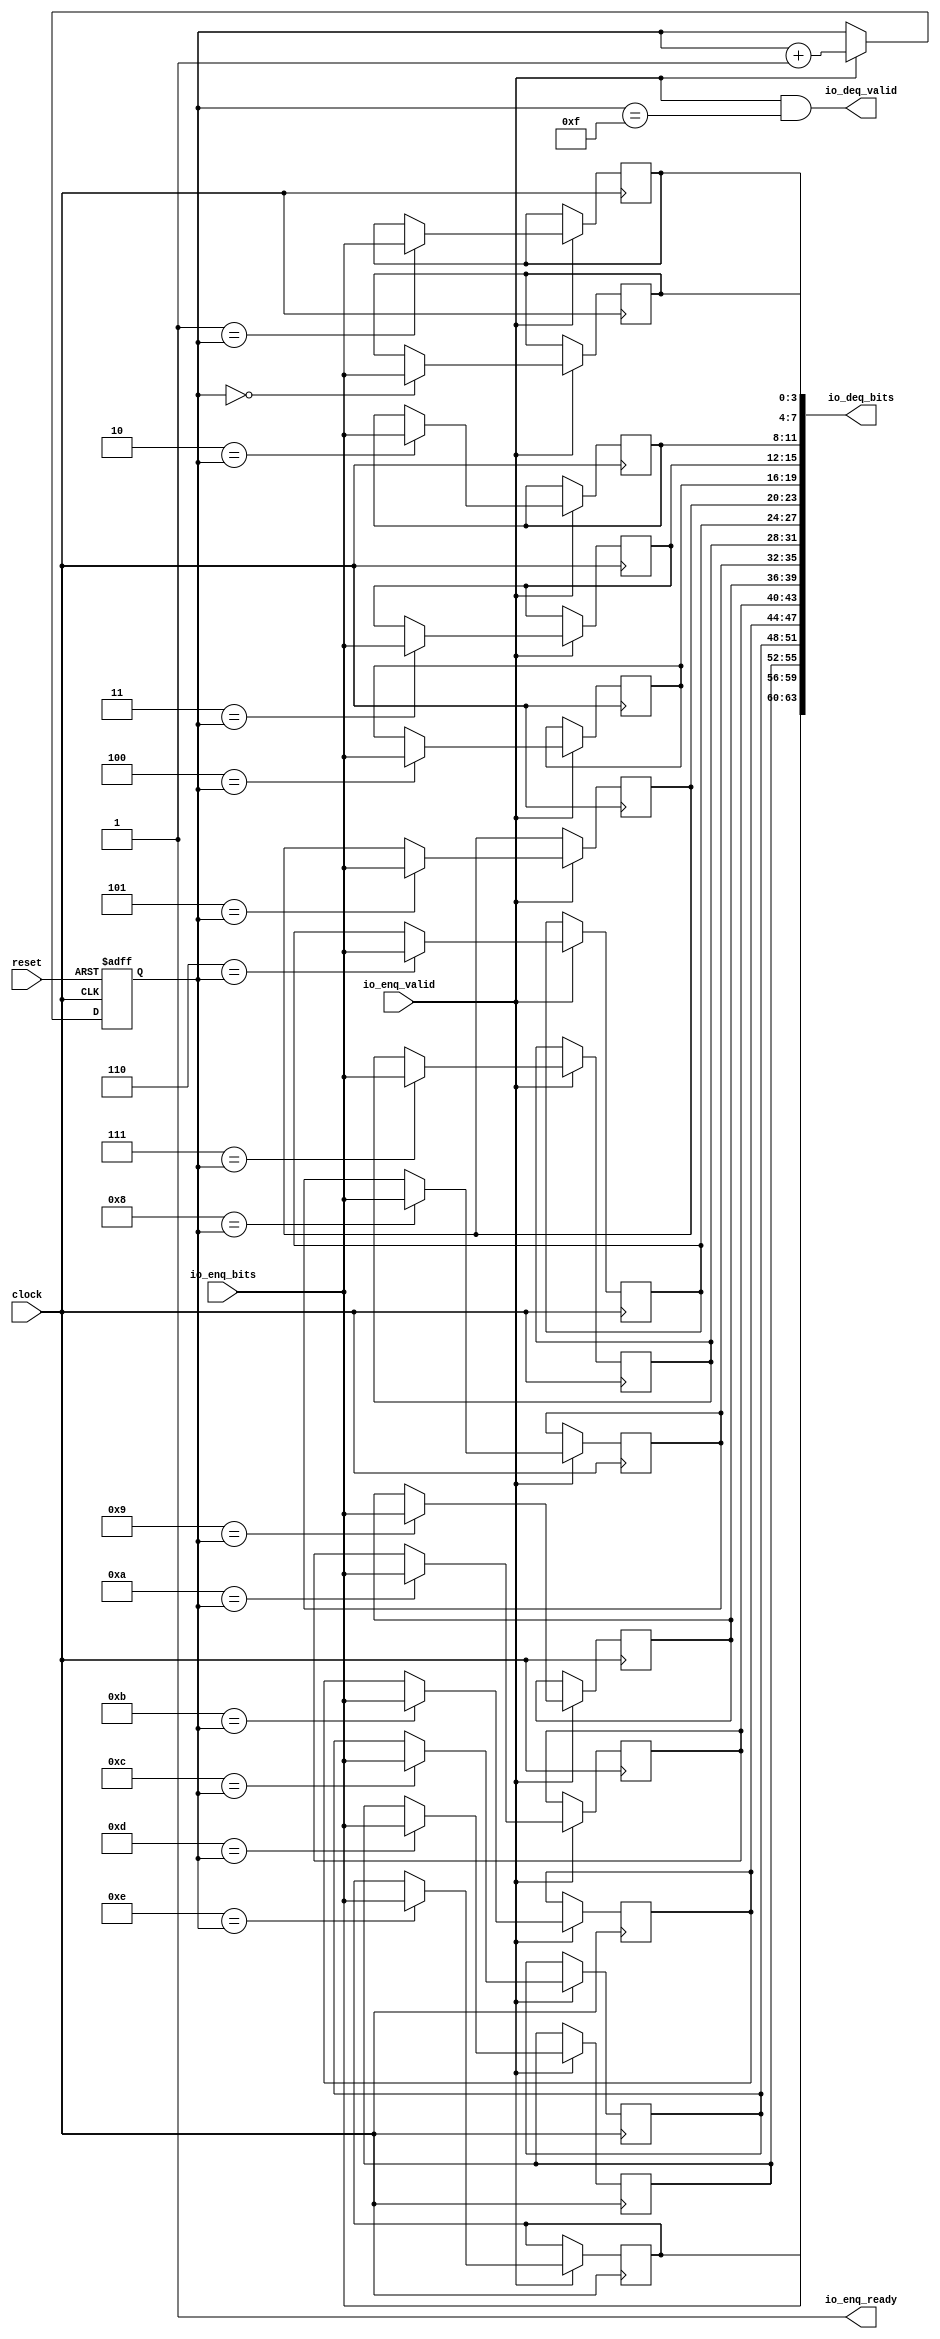
module Funnel(
  input         clock,
  input         reset,
  output        io_enq_ready,
  input         io_enq_valid,
  input  [3:0]  io_enq_bits,
  output        io_deq_valid,
  output [63:0] io_deq_bits
);
  reg [3:0] mem_0; // @[Funnel.scala 24:18]
  reg [3:0] mem_1; // @[Funnel.scala 24:18]
  reg [3:0] mem_2; // @[Funnel.scala 24:18]
  reg [3:0] mem_3; // @[Funnel.scala 24:18]
  reg [3:0] mem_4; // @[Funnel.scala 24:18]
  reg [3:0] mem_5; // @[Funnel.scala 24:18]
  reg [3:0] mem_6; // @[Funnel.scala 24:18]
  reg [3:0] mem_7; // @[Funnel.scala 24:18]
  reg [3:0] mem_8; // @[Funnel.scala 24:18]
  reg [3:0] mem_9; // @[Funnel.scala 24:18]
  reg [3:0] mem_10; // @[Funnel.scala 24:18]
  reg [3:0] mem_11; // @[Funnel.scala 24:18]
  reg [3:0] mem_12; // @[Funnel.scala 24:18]
  reg [3:0] mem_13; // @[Funnel.scala 24:18]
  reg [3:0] mem_14; // @[Funnel.scala 24:18]
  wire  _T = io_enq_ready & io_enq_valid; // @[Decoupled.scala 51:35]
  reg [3:0] ptr; // @[Counter.scala 61:40]
  wire  wrap_wrap = ptr == 4'hf; // @[Counter.scala 73:24]
  wire [3:0] _wrap_value_T_1 = ptr + 4'h1; // @[Counter.scala 77:24]
  wire [27:0] io_deq_bits_lo = {mem_6,mem_5,mem_4,mem_3,mem_2,mem_1,mem_0}; // @[Funnel.scala 30:47]
  wire [59:0] _io_deq_bits_T = {mem_14,mem_13,mem_12,mem_11,mem_10,mem_9,mem_8,mem_7,io_deq_bits_lo}; // @[Funnel.scala 30:47]
  assign io_enq_ready = 1'h1; // @[Funnel.scala 28:40]
  assign io_deq_valid = _T & wrap_wrap; // @[Counter.scala 136:24 137:12 132:24]
  assign io_deq_bits = {io_enq_bits,_io_deq_bits_T}; // @[Funnel.scala 30:40]
  always @(posedge clock) begin
    if (_T) begin // @[Funnel.scala 26:23]
      if (4'h0 == ptr) begin // @[Funnel.scala 26:34]
        mem_0 <= io_enq_bits; // @[Funnel.scala 26:34]
      end
    end
    if (_T) begin // @[Funnel.scala 26:23]
      if (4'h1 == ptr) begin // @[Funnel.scala 26:34]
        mem_1 <= io_enq_bits; // @[Funnel.scala 26:34]
      end
    end
    if (_T) begin // @[Funnel.scala 26:23]
      if (4'h2 == ptr) begin // @[Funnel.scala 26:34]
        mem_2 <= io_enq_bits; // @[Funnel.scala 26:34]
      end
    end
    if (_T) begin // @[Funnel.scala 26:23]
      if (4'h3 == ptr) begin // @[Funnel.scala 26:34]
        mem_3 <= io_enq_bits; // @[Funnel.scala 26:34]
      end
    end
    if (_T) begin // @[Funnel.scala 26:23]
      if (4'h4 == ptr) begin // @[Funnel.scala 26:34]
        mem_4 <= io_enq_bits; // @[Funnel.scala 26:34]
      end
    end
    if (_T) begin // @[Funnel.scala 26:23]
      if (4'h5 == ptr) begin // @[Funnel.scala 26:34]
        mem_5 <= io_enq_bits; // @[Funnel.scala 26:34]
      end
    end
    if (_T) begin // @[Funnel.scala 26:23]
      if (4'h6 == ptr) begin // @[Funnel.scala 26:34]
        mem_6 <= io_enq_bits; // @[Funnel.scala 26:34]
      end
    end
    if (_T) begin // @[Funnel.scala 26:23]
      if (4'h7 == ptr) begin // @[Funnel.scala 26:34]
        mem_7 <= io_enq_bits; // @[Funnel.scala 26:34]
      end
    end
    if (_T) begin // @[Funnel.scala 26:23]
      if (4'h8 == ptr) begin // @[Funnel.scala 26:34]
        mem_8 <= io_enq_bits; // @[Funnel.scala 26:34]
      end
    end
    if (_T) begin // @[Funnel.scala 26:23]
      if (4'h9 == ptr) begin // @[Funnel.scala 26:34]
        mem_9 <= io_enq_bits; // @[Funnel.scala 26:34]
      end
    end
    if (_T) begin // @[Funnel.scala 26:23]
      if (4'ha == ptr) begin // @[Funnel.scala 26:34]
        mem_10 <= io_enq_bits; // @[Funnel.scala 26:34]
      end
    end
    if (_T) begin // @[Funnel.scala 26:23]
      if (4'hb == ptr) begin // @[Funnel.scala 26:34]
        mem_11 <= io_enq_bits; // @[Funnel.scala 26:34]
      end
    end
    if (_T) begin // @[Funnel.scala 26:23]
      if (4'hc == ptr) begin // @[Funnel.scala 26:34]
        mem_12 <= io_enq_bits; // @[Funnel.scala 26:34]
      end
    end
    if (_T) begin // @[Funnel.scala 26:23]
      if (4'hd == ptr) begin // @[Funnel.scala 26:34]
        mem_13 <= io_enq_bits; // @[Funnel.scala 26:34]
      end
    end
    if (_T) begin // @[Funnel.scala 26:23]
      if (4'he == ptr) begin // @[Funnel.scala 26:34]
        mem_14 <= io_enq_bits; // @[Funnel.scala 26:34]
      end
    end
  end
  always @(posedge clock or posedge reset) begin
    if (reset) begin // @[Counter.scala 136:24]
      ptr <= 4'h0; // @[Counter.scala 77:15]
    end else if (_T) begin // @[Counter.scala 61:40]
      ptr <= _wrap_value_T_1;
    end
  end
endmodule